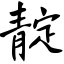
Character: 靛